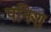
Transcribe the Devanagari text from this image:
पनिश